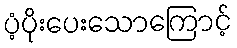
ပံ့ပိုးပေးသောကြောင့်